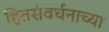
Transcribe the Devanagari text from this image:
हितसंवर्धनाच्या